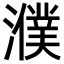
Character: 濮